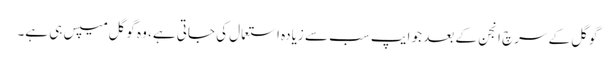
گوگل کے سرچ انجن کے بعد جو ایپ سب سے زیادہ استعمال کی جاتی ہے، وہ گوگل میپس ہی ہے۔